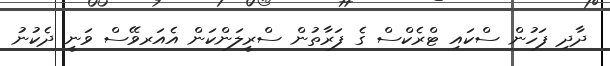
ދާދި ފަހުން ސްކައި ޓްރެކްސް ގެ ފަރާތުން ސްރީލަންކަން އެއަރވޭސް ވަނީ ދެކުނު